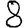
Digit: 8